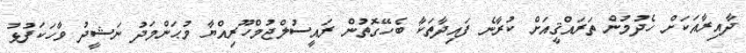
ދާއިރާއަކަށް ހެދުމުން ތަރައްޤީއަށް ކުރާނެ ފައިދާތަކާ ބެހޭގޮތުން ރައީސުލްޖުމްހޫރިއްޔާ މުޙަންމަދު ނަޝީދު ވާހަކަފުޅު